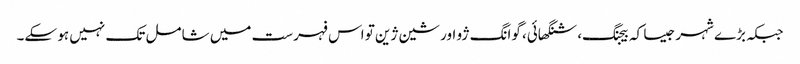
جبکہ بڑے شہر جیسا کہ بیجنگ، شنگھائی، گوانگ ژو اور شین ژین تو اس فہرست میں شامل تک نہیں ہو سکے۔